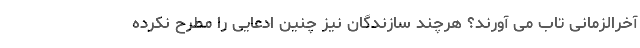
آخرالزمانی تاب می آورند؟ هرچند سازندگان نیز چنین ادعایی را مطرح نکرده